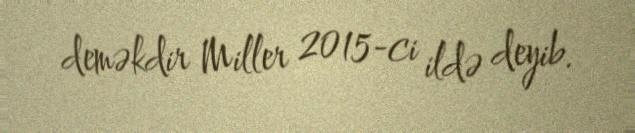
deməkdir Miller 2015-ci ildə deyib.